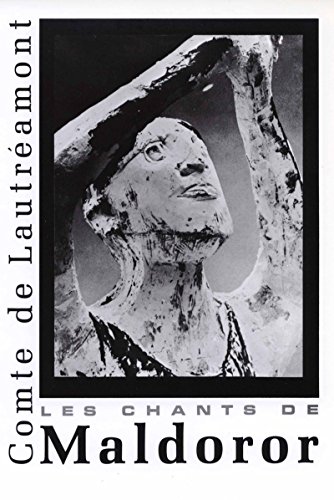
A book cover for Maldoror (Les Chants de Maldoror) (New Directions Paperbook); Comte de Lautreamont; Politics & Social Sciences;